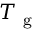
T _ { \mathrm { ~ g ~ } }